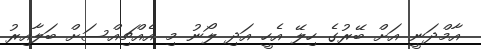
އާމްދަނީ އަށް ބޭރުގެ ހިލޭ އެހީ އަދި ލޯނު މި އެއްޗިއްސަށް ބަލާއިރު